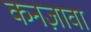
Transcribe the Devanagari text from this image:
कनज़ावा